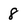
Character: 8